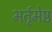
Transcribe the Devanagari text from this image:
भर्तृमेष्ठ